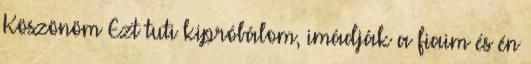
Köszönöm Ezt tuti kipróbálom, imádják a fiaim és én